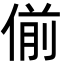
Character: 偂